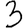
Digit: 3